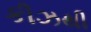
કીઝથી